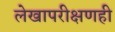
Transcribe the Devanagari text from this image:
लेखापरीक्षणही